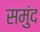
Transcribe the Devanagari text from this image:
समुंद